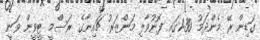
ގަޑިން ރޭ މެންދަމު 1:30ގައި ފޮނުވާލި މަންޒަރު ޗައިނާގެ ރަސްމީ ޓީވީން ވަނީ